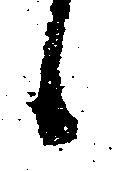
候